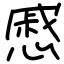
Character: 慼